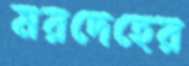
মরদেহের